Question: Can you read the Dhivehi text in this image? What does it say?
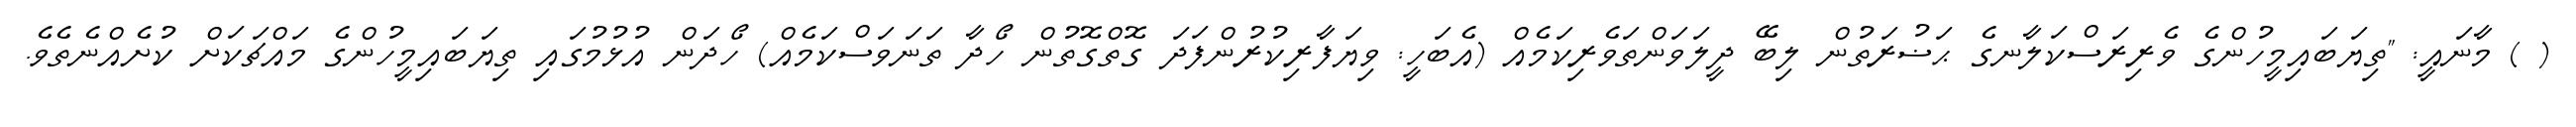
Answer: ( ) މާނައީ: "ތިޔަބައިމީހުންގެ ވެރިރަސްކަލާނގެ ޙަޟުރަތުން ލިބޭ ދީލަވަންތަވެރިކަމެއް (އެބަހީ: ވިޔަފާރިކުރުންފަދަ ގޮތްގޮތުން ހޯދާ ތަނަވަސްކަމެއް) ހޯދަން އުޅުމުގައި ތިޔަބައިމީހުންގެ މައްޗަކަށް ކުށެއްނެތެވެ.